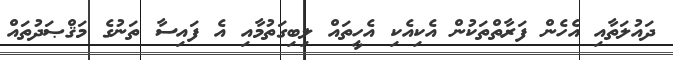
ދައުލަތާއި އެހެން ފަރާތްތަކުން އެކިއެކި އެހީތައް ލިބިގަތުމާއި އެ ފައިސާ ތަނުގެ މަޤްޞަދުތައް